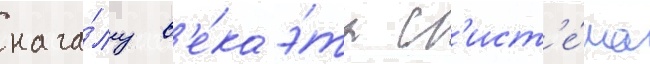
нача́лу в'е́ка э́та с'ист'е́ма